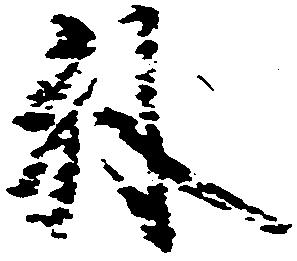
外